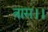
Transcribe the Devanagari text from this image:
त्रास।।